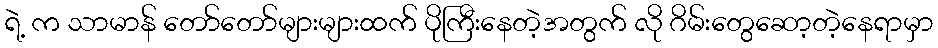
ရဲ့ က သာမာန် တော်တော်များများထက် ပိုကြီးနေတဲ့အတွက် လို ဂိမ်းတွေဆော့တဲ့နေရာမှာ